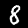
Digit: 8